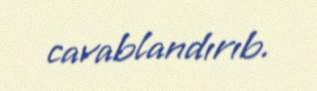
cavablandırıb.